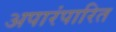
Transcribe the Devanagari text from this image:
अपारंपारित